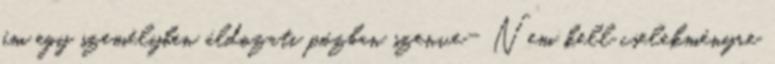
ám egy személyben áldozati pózban szenve- Nem kell cselekményre